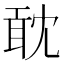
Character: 𠖙